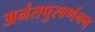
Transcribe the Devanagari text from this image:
अनंतपुरवर्णनम्